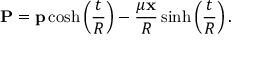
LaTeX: { \bf P } = { \bf p } \cosh \left( \frac { t } { R } \right) - \frac { \mu { \bf x } } { R } \sinh \left( \frac { t } { R } \right) .